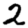
Digit: 2